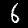
Label: 6